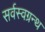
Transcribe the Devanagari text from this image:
सर्वस्वग्रन्थ